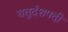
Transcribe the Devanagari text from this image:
चतुर्दशपदी